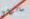
سالومي